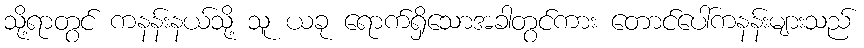
သို့ရာတွင် ကနန်းနယ်သို့ သူ ယခု ရောက်ရှိသောအခါတွင်ကား တောင်ပေါ်ကနန်းများသည်